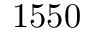
1 5 5 0